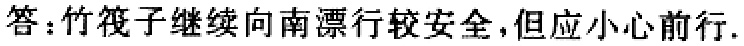
答：竹筏子继续向南漂行较安全,但应小心前行.